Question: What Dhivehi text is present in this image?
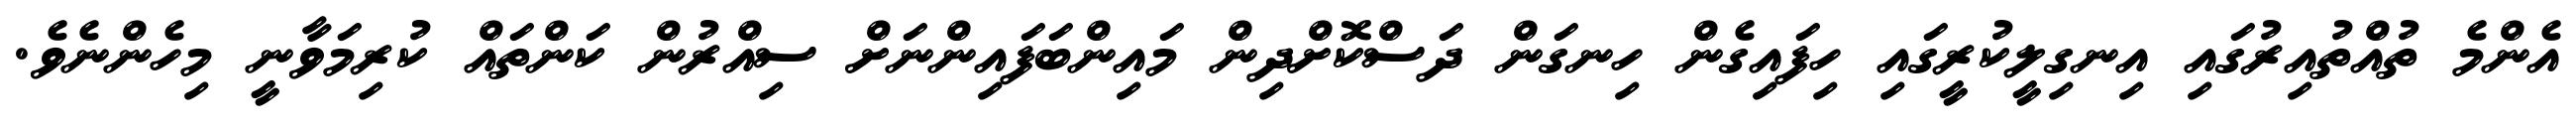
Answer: އެންމެ ތުއްތުއިރުގައި އިނގިލީކުރީގައި ހިފައިގެން ހިނގަން ދަސްކޮށްދިން މައިންބަފައިންނަށް ސިއްރުން ކަންތައް ކުރިމަވާނީ މިހެންނެވެ.